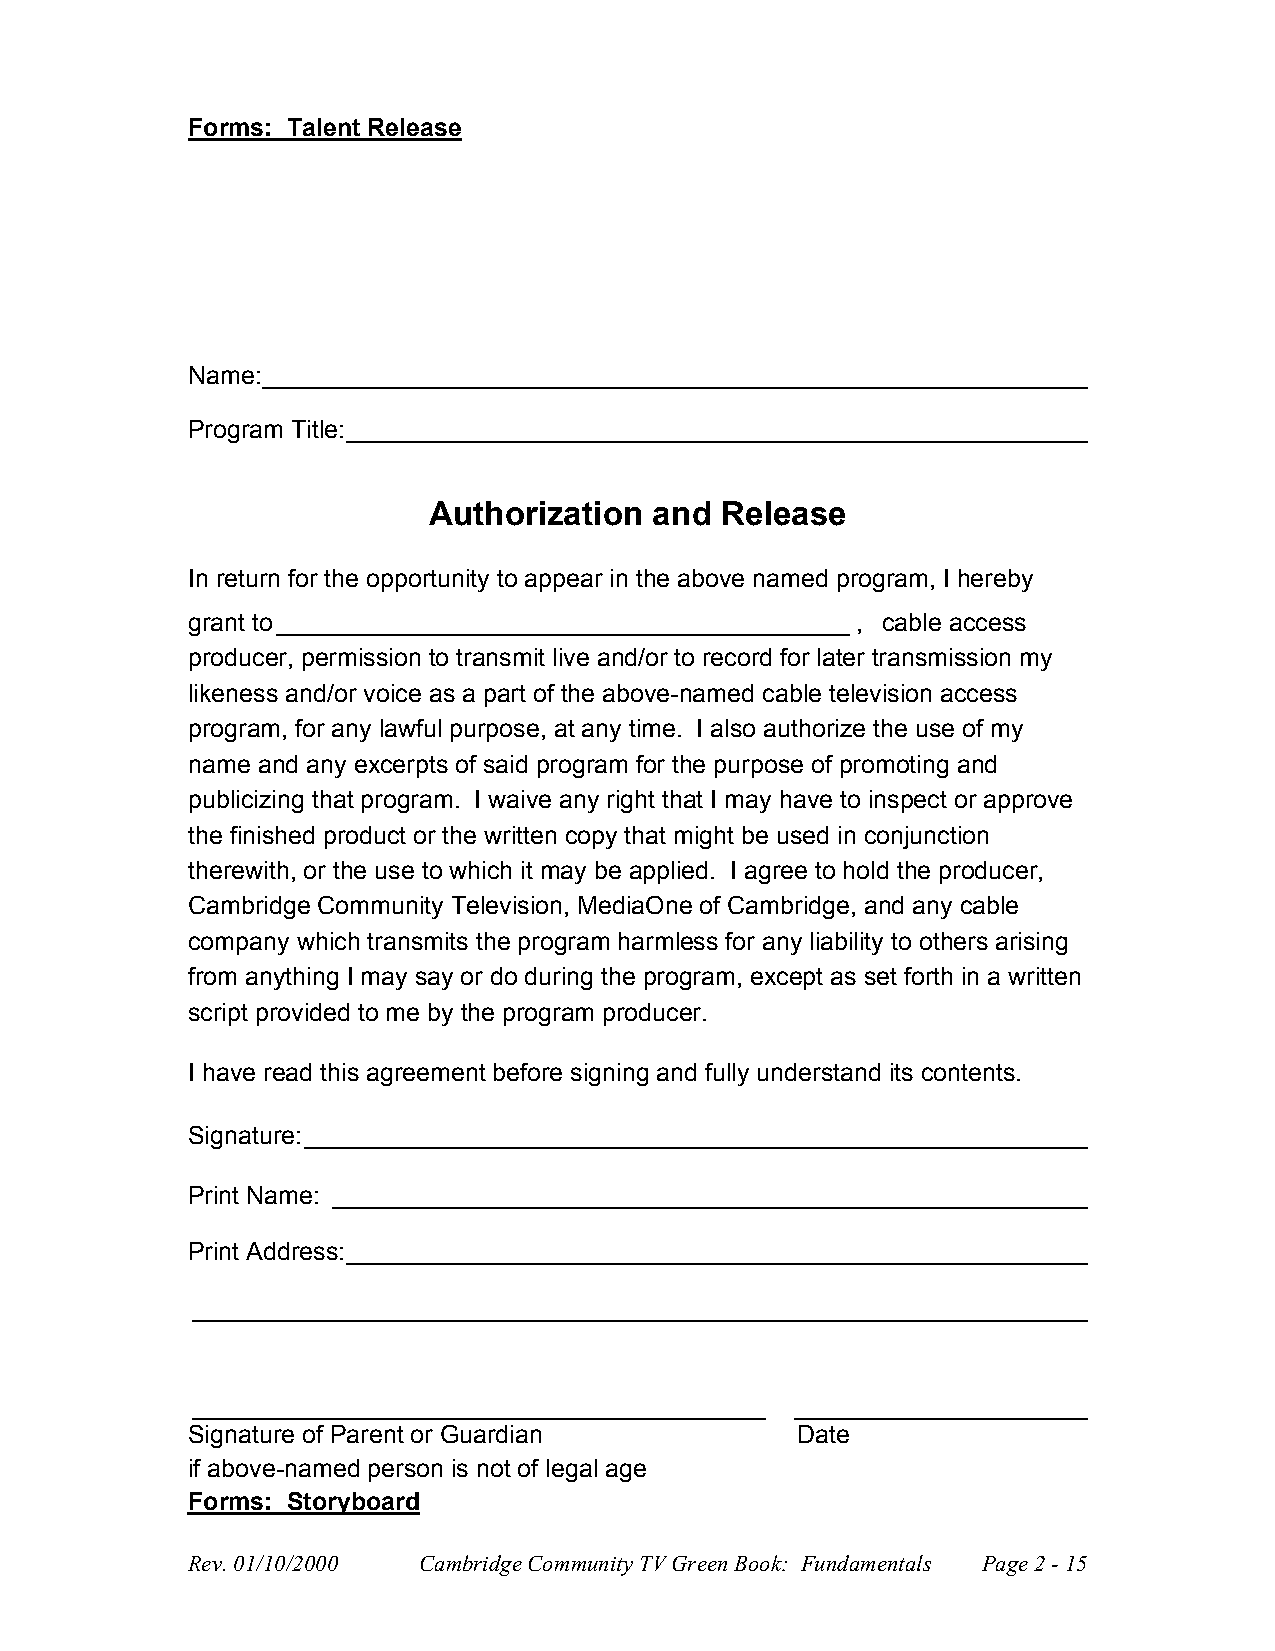
Forms: Talent Release
 Name:___________________________________________________________
 Program Title:_____________________________________________________
 Authorization  and  Release
 In return for the opportunity to appear in the above named program, I hereby
 grant to_________________________________________, cable access
 producer, permission to transmit live and/or to record for later transmission my
 likeness and/or voice as a part of the above-named cable television access
 program, for any lawful purpose, at any time. I also authorize the use of my
 name and any excerpts of said program for the purpose of promoting and
 publicizing that program. I waive any right that I may have to inspect or approve
 the finished product or the written copy that might be used in conjunction
 therewith, or the use to which it may be applied. I agree to hold the producer,
 Cambridge Community Television, MediaOne of Cambridge, and any cable
 company which transmits the program harmless for any liability to others arising
 from anything I may say or do during the program, except as set forth in a written
 script provided to me by the program producer.
 I have read this agreement before signing and fully understand its contents.
 Signature:________________________________________________________
 Print Name: ______________________________________________________
 Print Address:_____________________________________________________
 ________________________________________________________________
 _________________________________________ _____________________
 Signature of Parent or Guardian          Date
 if above-named person is not of legal age
 Forms: Storyboard
 Rev. 01/10/2000 Cambridge Community TV Green Book: Fundamentals Page 2 - 15